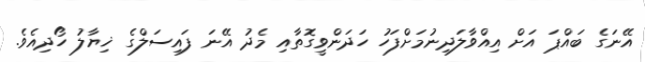
އޭނަގެ ބައްޕަ އަށް އިއްވާލަދިނުމަށްފަހު ހަދަންވީގޮތާއި މެދު އޭނަ ފައިސަލްގެ ޚިޔާލު ހޯދިއެވެ.